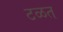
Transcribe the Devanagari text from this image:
टळत